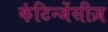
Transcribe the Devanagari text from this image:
कंटिन्जेंसीज़